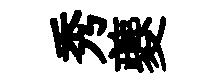
秀夔